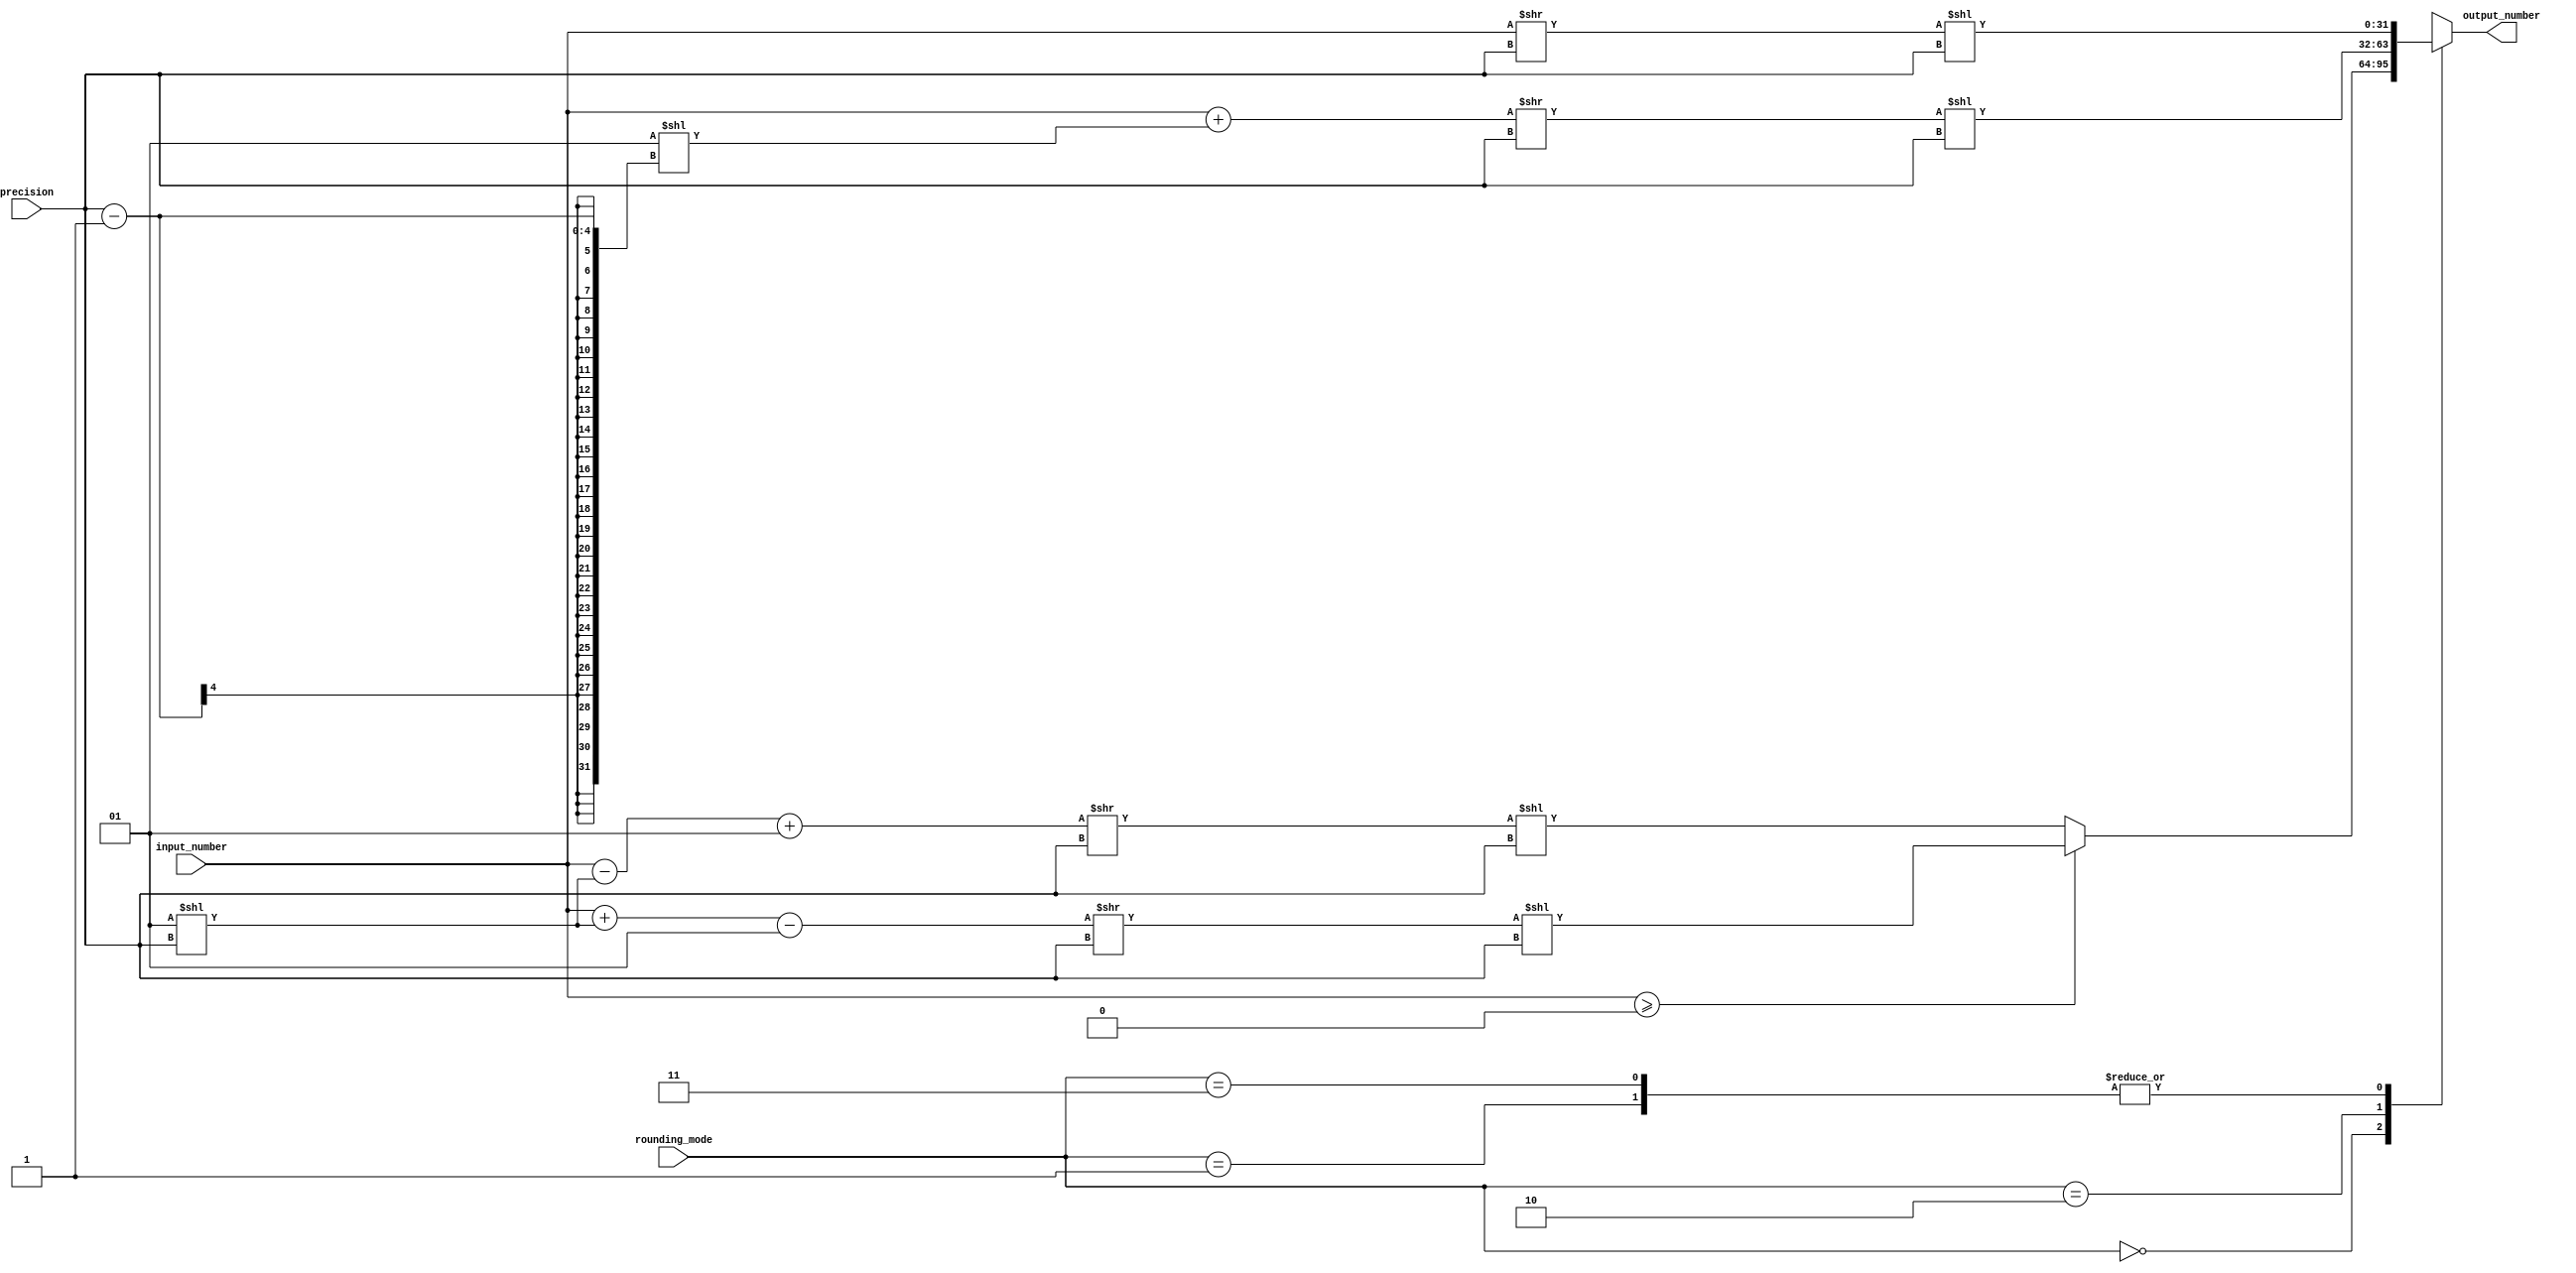
module fixed_point_rounding (
    input wire signed [31:0] input_number,
    input wire [1:0] rounding_mode,
    input wire [3:0] precision,
    output wire signed [31:0] output_number
);

reg signed [31:0] rounded_number;

always @(*) begin
    case(rounding_mode)
        2'b00: // Rounding up
            rounded_number = (input_number >= 0) ? 
                             ((input_number + (1 << precision) - 1) >> precision << precision) : 
                             ((input_number - (1 << precision) + 1) >> precision << precision);
        2'b01: // Rounding down
            rounded_number = (input_number >= 0) ? 
                             (input_number >> precision << precision) : 
                             (input_number >> precision << precision);
        2'b10: // Rounding to nearest even
            rounded_number = (input_number + (1 << (precision - 1))) >> precision << precision;
        2'b11: // Truncation
            rounded_number = input_number >> precision << precision;
    endcase
end

assign output_number = rounded_number;

endmodule